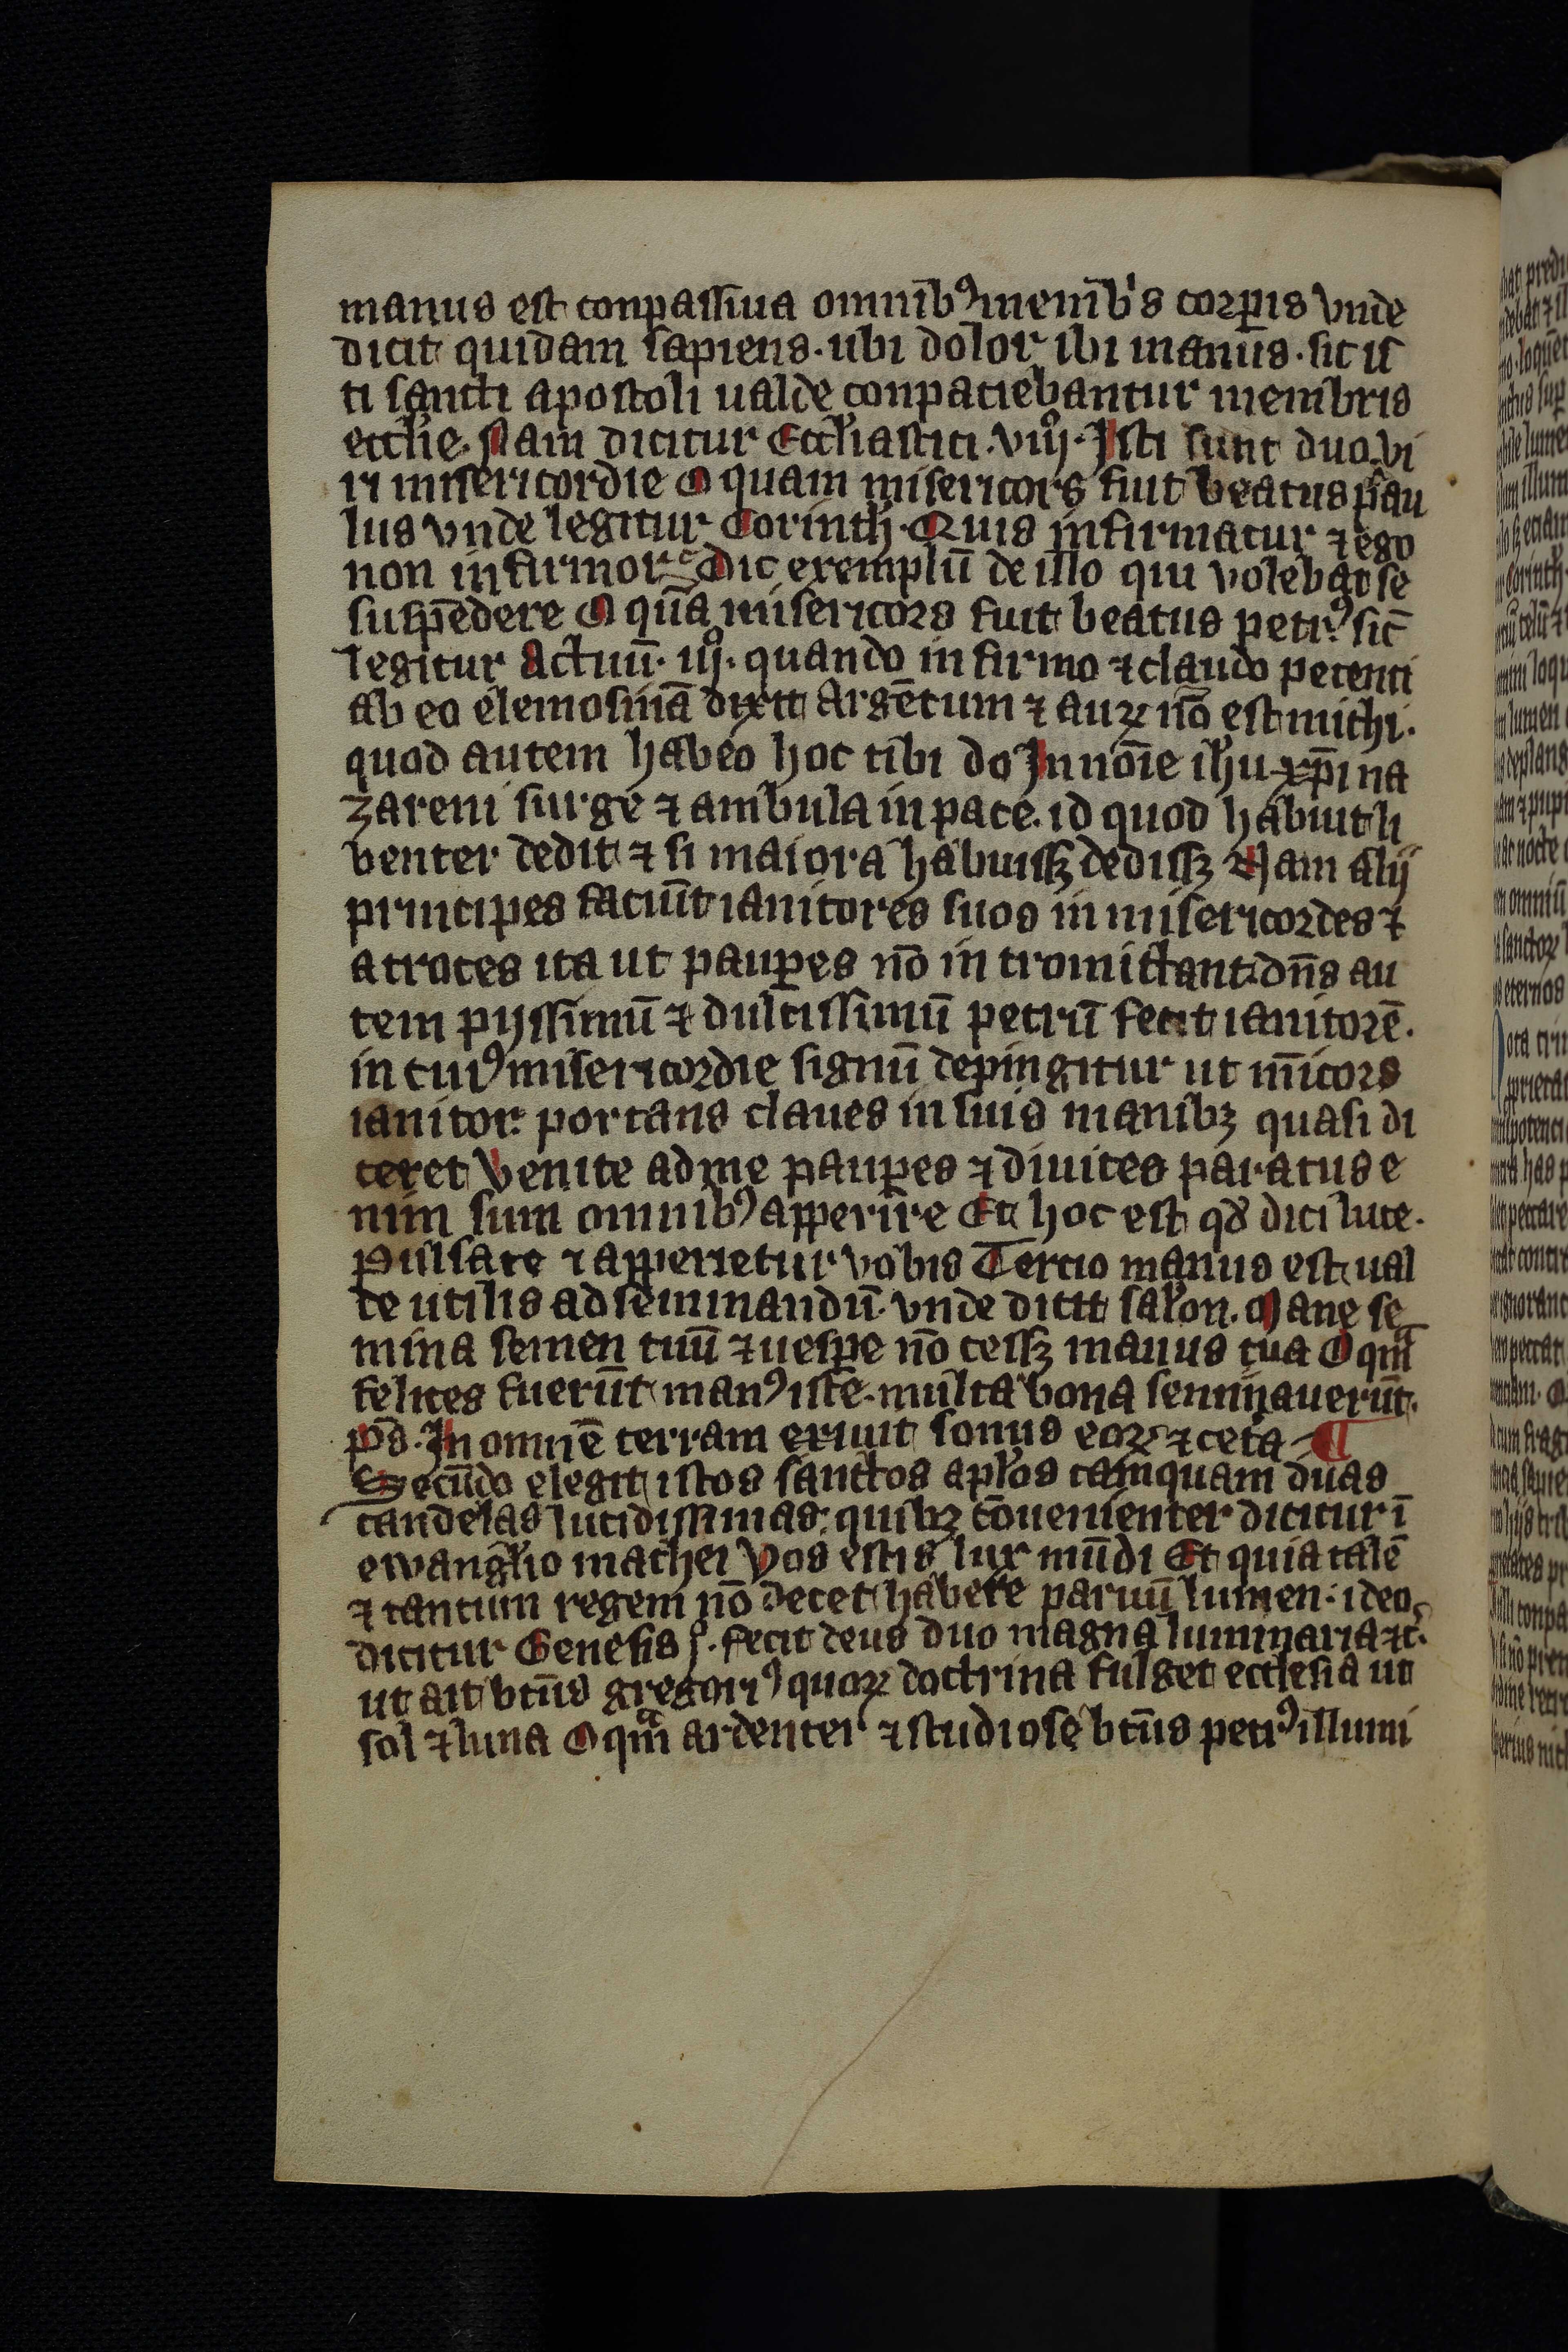
Shelfmark: Leipzig, Universitäts Bibliothek Leipzig, Ms 758
Century: 14